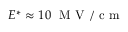
E ^ { * } \approx 1 0 \ \mathrm { ~ M ~ V ~ / ~ c ~ m ~ }